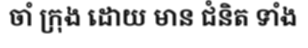
ចាំ ក្រុង ដោយ មាន ជំនិត ទាំង